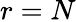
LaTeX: r=N